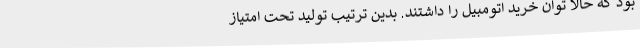
بود که حالا توان خرید اتومبیل را داشتند. بدین ترتیب تولید تحت امتیاز